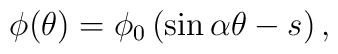
\phi(\theta) = \phi_0\left(\sin\alpha\theta - s\right),